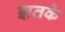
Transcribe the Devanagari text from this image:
झतके